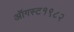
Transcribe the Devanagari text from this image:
ऑगस्ट१९८२